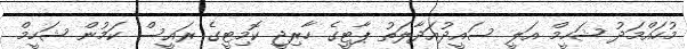
މުހައްމަދު ޝަހީމް އަލީ ސައީދުއަދާލަތު ޕާޓީގެ ހާރިޖީ ކޮމިޓީގެ ރައީސް ކަމުން ޝަހީމް